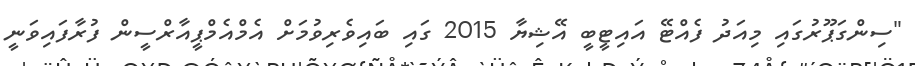
"ސިންގަޕޫރުގައި މިއަދު ފެއްޓޭ އައިޓީބީ އޭޝިޔާ 2015 ގައި ބައިވެރިވުމަށް އެމްއެމްޕީއާރްސީން ފުރާފައިވަނީ